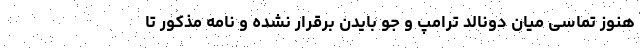
هنوز تماسی میان دونالد ترامپ و جو بایدن برقرار نشده و نامه مذکور تا